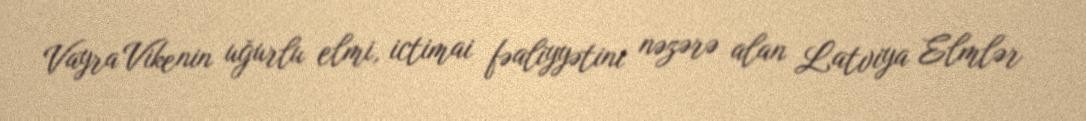
Vayra Vikenin uğurlu elmi, ictimai fəaliyyətini nəzərə alan Latviya Elmlər